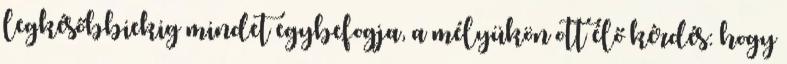
legkésőbbiekig mindet egybefogja, a mélyükön ott élő kérdés: hogy